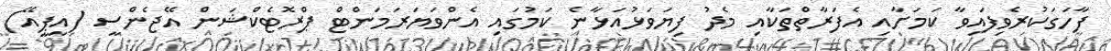
ފާހަގަކުރެވިފައިވާ ކަމަށާއި އެފަރާތްތަކާއި މެދު ފިޔަވަޅުއަޅާނެ ކަމުގައި އެންވަޔަރަމަންޓް ޕްރޮޓެކްޝަން އޭޖެންސީ (އީޕީއޭ)